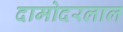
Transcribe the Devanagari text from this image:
दामोदरलाल